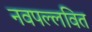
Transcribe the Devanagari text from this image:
नवपल्लवित